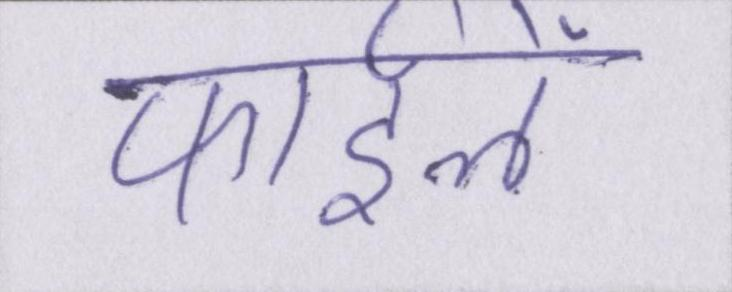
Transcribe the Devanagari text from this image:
फाईलें